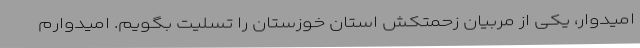
امیدوار، یکی از مربیان زحمتکش استان خوزستان را تسلیت بگویم. امیدوارم